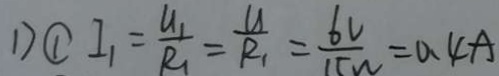
1 ) \textcircled { 1 } I _ { 1 } = \frac { U _ { 1 } } { R _ { 1 } } = \frac { U } { R _ { 1 } } = \frac { 6 U } { 1 5 \Omega } = 0 . 4 A